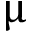
{ \upmu }